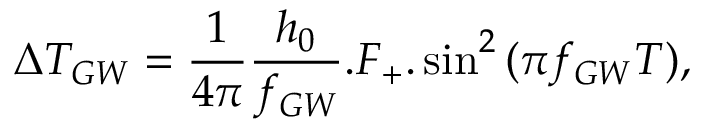
\Delta T _ { G W } = \frac { 1 } { 4 \pi } \frac { h _ { 0 } } { f _ { G W } } . F _ { + } . \sin ^ { 2 } { ( \pi f _ { G W } T ) } ,